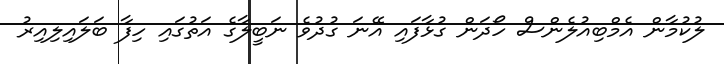
ލުކުމާން އެމްބިއުލެންސް ހޯދަން ގުޅާފައި އޭނަ ގުދުވެ ނަބީލާގެ އަތުގައި ހިފާ ބަލައިލިއިރު